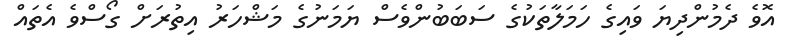
އޮވެ ދެމުންދިޔަ ވައިގެ ހަމަލާތަކުގެ ސަބަބުންވެސް ޔަމަނުގެ މަޝްހަރު އިތުރަށް ގޯސްވެ އެތައް